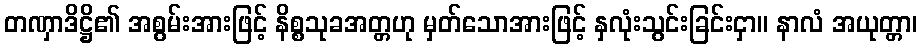
တဏှာဒိဋ္ဌိ၏ အစွမ်းအားဖြင့် နိစ္စသုခအတ္တဟု မှတ်သောအားဖြင့် နှလုံးသွင်းခြင်းငှာ။ နာလံ အယုတ္တာ၊